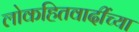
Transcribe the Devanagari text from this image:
लोकहितवादींच्या